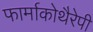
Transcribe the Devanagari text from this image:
फार्माकोथैरेपी